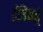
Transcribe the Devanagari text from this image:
भिण्ड्